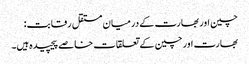
چین اور بھارت کے درمیان مستقل رقابت:
بھارت اور چین کے تعلقات خاصے پیچیدہ ہیں۔